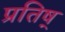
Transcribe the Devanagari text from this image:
प्रतिष्